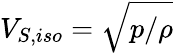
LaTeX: V_{S,iso}=\sqrt{p/\rho}